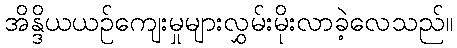
အိန္ဒိယယဉ်ကျေးမှုများလွှမ်းမိုးလာခဲ့လေသည်။